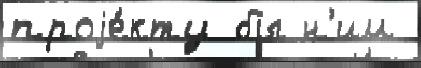
проjе́кту бы н'им